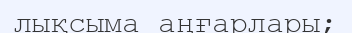
лықсыма аңғарлары;